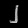
Digit: ၂